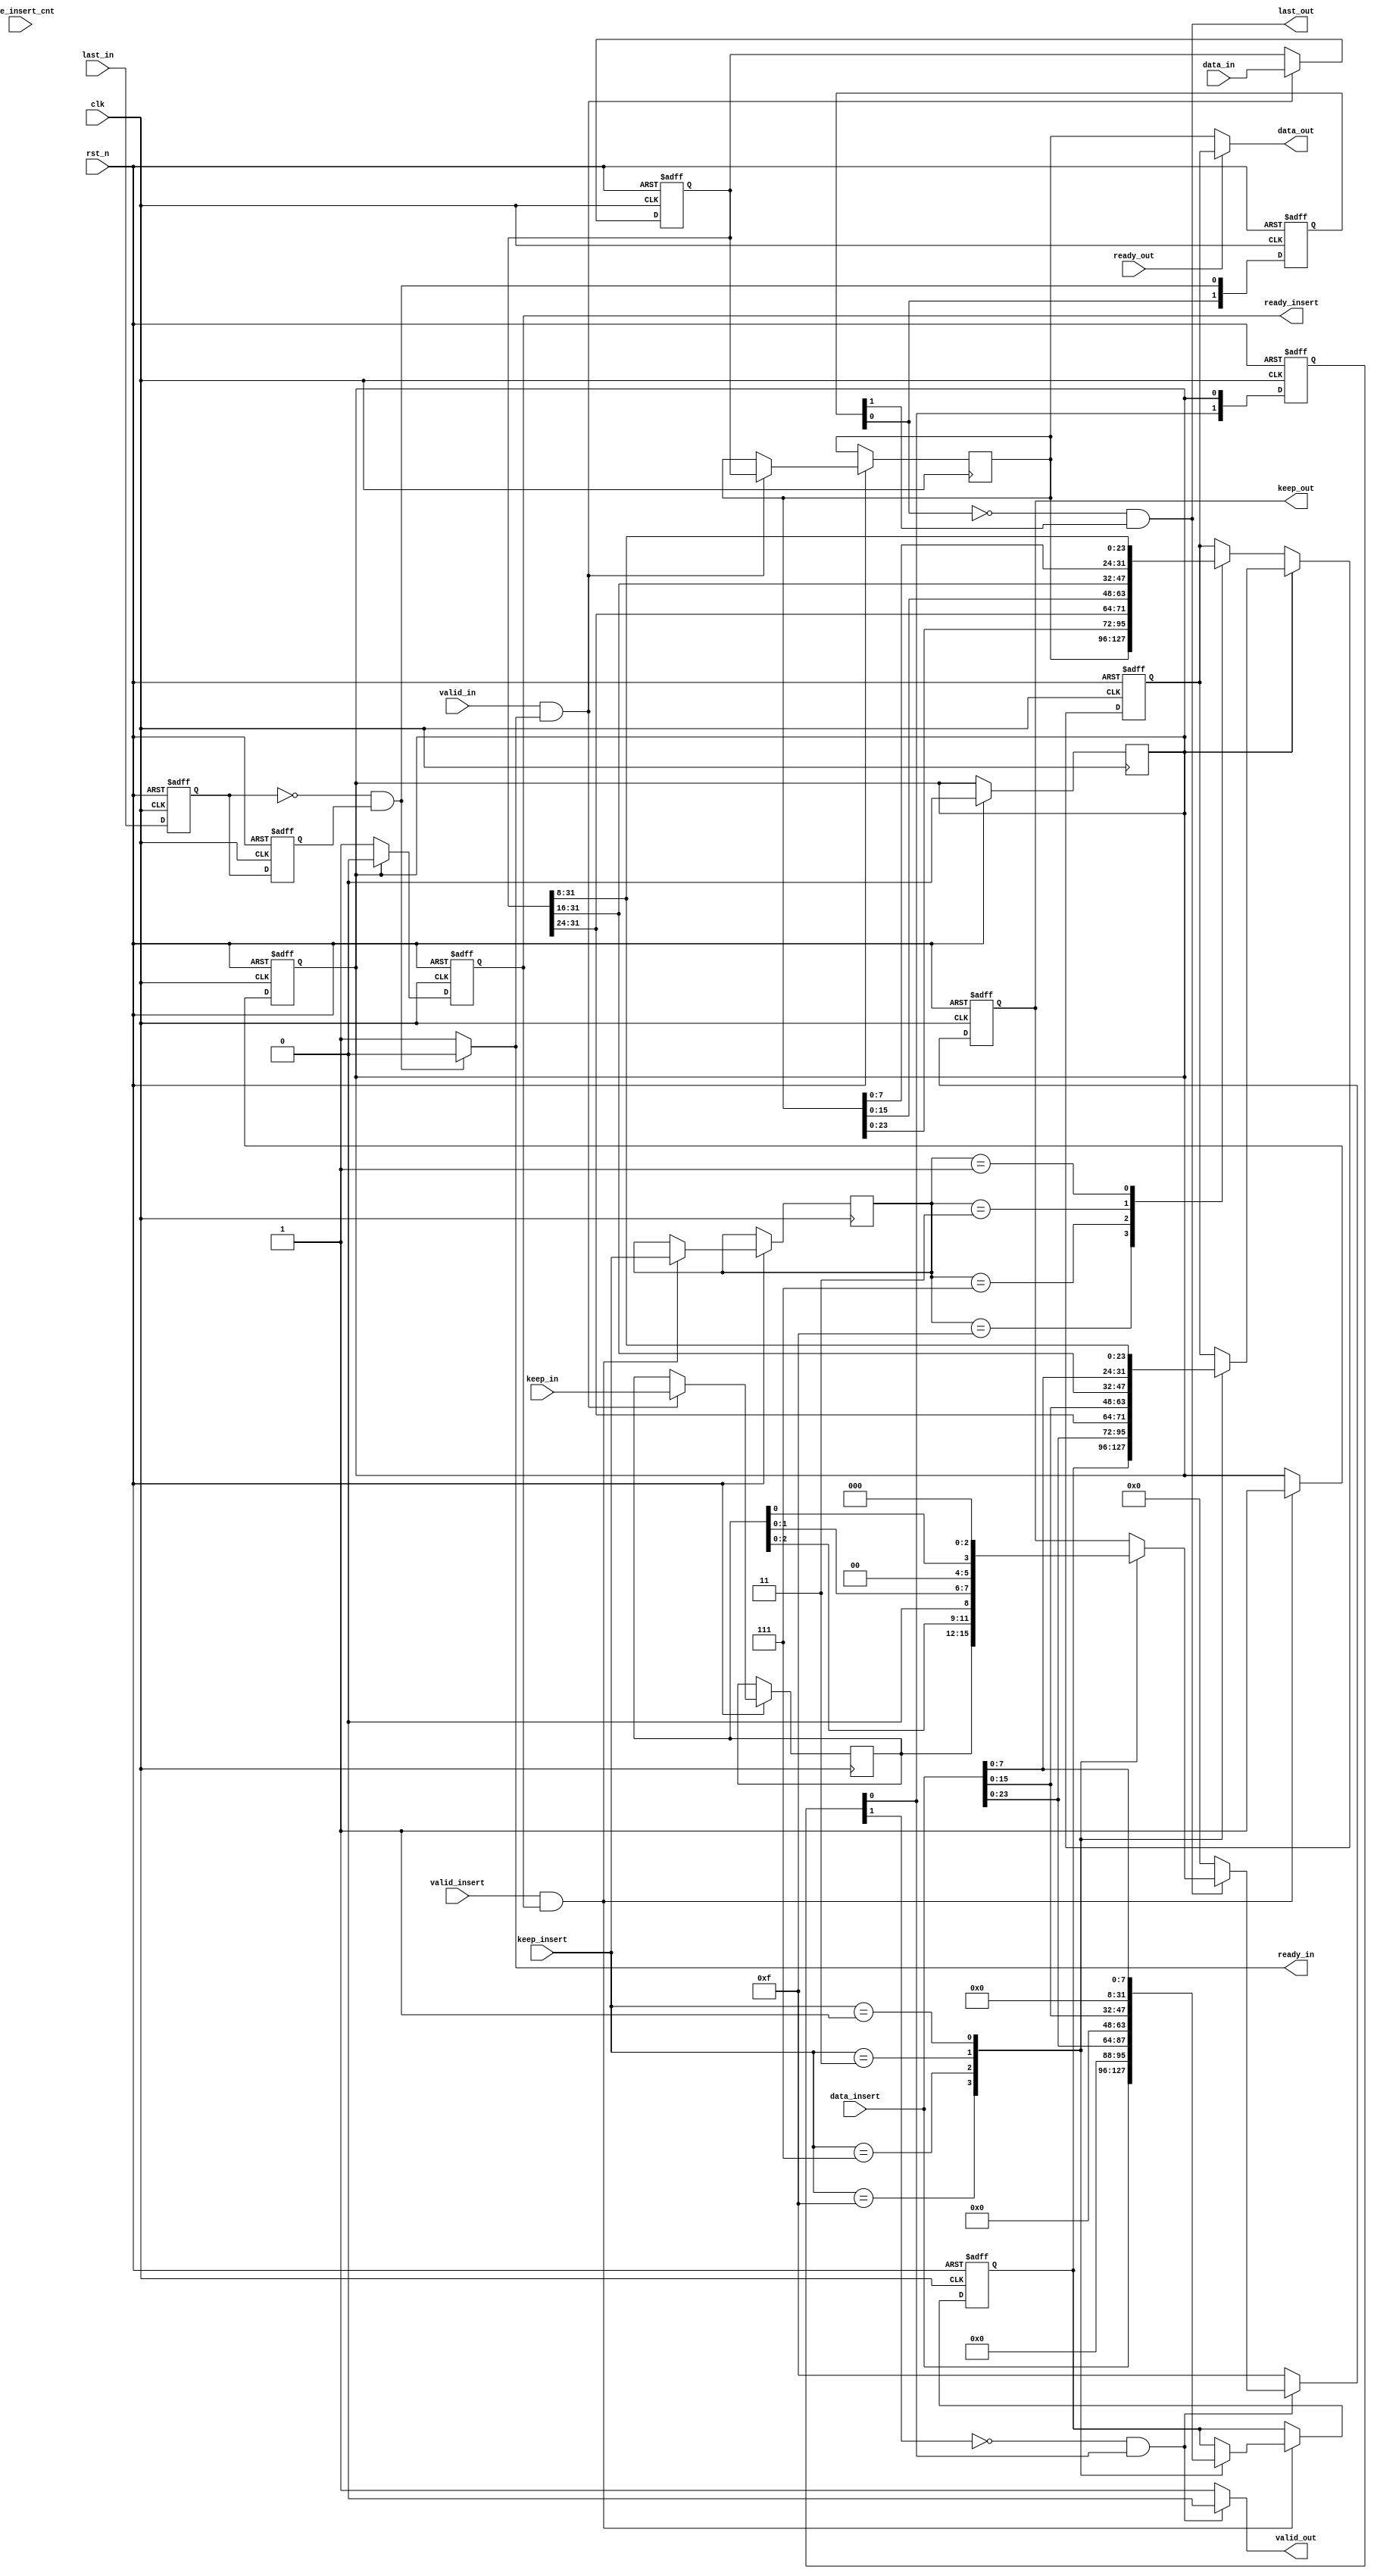
`timescale 1ns / 1ps
//////////////////////////////////////////////////////////////////////////////////
// Company: 
// Engineer: 
// 
// Design Name: 
// Module Name: axi_stream_insert_header
// Project Name: 
// Target Devices: 
// Tool Versions: 
// Description: 
// 
// Dependencies: 
// 
// Revision:
// Revision 0.01 - File Created
// Additional Comments:
// 
//////////////////////////////////////////////////////////////////////////////////

module axi_stream_insert_header #(
	parameter DATA_WD = 32,
	parameter DATA_BYTE_WD = DATA_WD / 8,
	parameter BYTE_CNT_WD = $clog2(DATA_BYTE_WD)
)(
	input clk,
	input rst_n,
	// AXI Stream input original data
	input valid_in,
	input [DATA_WD-1 : 0] data_in,
	input [DATA_BYTE_WD-1 : 0] keep_in,
	input last_in,
	output ready_in,
	// AXI Stream output with header inserted
	output valid_out,
	output [DATA_WD-1 : 0] data_out,
	output [DATA_BYTE_WD-1 : 0] keep_out,
	output last_out,
	input ready_out,
	// The header to be inserted to AXI Stream input
	input valid_insert,
	input [DATA_WD-1 : 0] data_insert,
	input [DATA_BYTE_WD-1 : 0] keep_insert,
	input [BYTE_CNT_WD-1 : 0] byte_insert_cnt,
	output ready_insert
);

reg last_in_r1;
reg last_in_r2;
wire last_in_pulse_p;
reg [DATA_WD-1 : 0] data_out_r1;//
reg [DATA_WD-1 : 0] data_out_r2;
reg [DATA_BYTE_WD-1 : 0] keep_in_r;
wire axis_ready_in;

//data_out
always@(posedge clk or negedge rst_n)
if(!rst_n)
begin
    last_in_r1 <= 0;
    last_in_r2 <= 0;
end
else 
begin
    last_in_r1 <= last_in;
    last_in_r2 <= last_in_r1;
end
assign last_in_pulse_p = ~last_in_r1 & last_in_r2;
assign axis_ready_in = last_in_pulse_p? 0 : 1;
assign ready_in = axis_ready_in;

always@(posedge clk or negedge rst_n)
if(!rst_n)
begin
    data_out_r1 <= 0;
end
else if(valid_in && axis_ready_in) 
begin
    keep_in_r <= keep_in;
    data_out_r1 <= data_in;
    data_out_r2 <= data_out_r1;
end
else
begin
    data_out_r1 <= data_out_r1;
    data_out_r2 <= data_out_r2;
end

//header
reg [DATA_WD-1 : 0]header_out_r;
reg insert_flag;
reg [DATA_BYTE_WD-1 : 0] keep_insert_out_r;
always@(posedge clk or negedge rst_n)
if(!rst_n)
begin
    header_out_r <= 0;
    insert_flag <= 0;
end
else if(valid_insert && ready_insert)
begin
    case(keep_insert)
    4'b1111:begin header_out_r<=data_insert;insert_flag<=1; end
    4'b0111:begin header_out_r<={8'b0,data_insert[23:0]};insert_flag<=1;end
    4'b0011:begin header_out_r<={16'b0,data_insert[15:0]};insert_flag<=1;end
    4'b0001:begin header_out_r<={24'b0,data_insert[7:0]};insert_flag<=1;end
    default:begin header_out_r<=header_out_r;insert_flag<=1; end
    endcase
    keep_insert_out_r <= keep_insert;
end

//insert_header

reg [DATA_WD-1 : 0]header_data_out_r;
always@(posedge clk or negedge rst_n)
if(!rst_n)
begin
    header_data_out_r <= 0;
end
else if(insert_flag)
begin
    case(keep_insert)
    4'b1111:begin header_data_out_r<=header_out_r;insert_flag<=0; end
    4'b0111:begin header_data_out_r<={data_insert[23:0],data_out_r1[31:24]};insert_flag<=0;end
    4'b0011:begin header_data_out_r<={data_insert[15:0],data_out_r1[31:16]};insert_flag<=0;end
    4'b0001:begin header_data_out_r<={data_insert[7:0],data_out_r1[31:8]};insert_flag<=0;end
    default:begin header_data_out_r<=header_data_out_r;insert_flag<=0; end
    endcase
end
//else if(last_in_pulse_p)
else 
    begin
        case(keep_insert_out_r)
        4'b1111:begin header_data_out_r<=data_out_r2; end
        4'b0111:begin header_data_out_r<={data_out_r2[23:0],data_out_r1[31:24]};end
        4'b0011:begin header_data_out_r<={data_out_r2[15:0],data_out_r1[31:16]};end
        4'b0001:begin header_data_out_r<={data_out_r2[7:0],data_out_r1[31:8]};end
        default:begin header_data_out_r<=header_data_out_r; end
    endcase
    end


reg s_ready_insert;
assign data_out = ready_out?header_data_out_r:data_out_r2;
always@(posedge clk or negedge rst_n)
begin
    if(!rst_n)
        s_ready_insert<=0;
    else
        s_ready_insert<= insert_flag==1 ? 0:1;
end
assign ready_insert=s_ready_insert;

//output valid_out
reg [1:0]insert_flag_r;
always@(posedge clk or negedge rst_n)
begin
    if(!rst_n)
        insert_flag_r<=0;
    else
        insert_flag_r <= {insert_flag_r[0],insert_flag};
end
assign neg_flag = ~insert_flag_r[1]&insert_flag_r[0];
assign valid_out = neg_flag? 0 : 1;

//output keep_out
wire last_out_p;
reg [DATA_BYTE_WD-1 : 0] keep_out_r;
always@(posedge clk or negedge rst_n)
begin
    if(!rst_n)
        keep_out_r<=0;
    else if(valid_out)
        keep_out_r <= 4'b1111;
    else if(last_out_p)
    begin
        case(keep_insert)
            4'b1111:begin keep_out_r <= keep_in_r;end
            4'b0111:begin keep_out_r <= keep_in_r<<1;end
            4'b0011:begin keep_out_r <= keep_in_r<<2;end
            4'b0001:begin keep_out_r <= keep_in_r<<3;end
        endcase
    end
    else
        keep_out_r<=0;
end
assign keep_out = keep_out_r;

//output last_out
reg [1:0]last_out_r;

always@(posedge clk or negedge rst_n)
begin
    if(!rst_n)
        last_out_r <= 0;
    else 
    begin
        last_out_r <= {last_out_r[0],last_in_pulse_p};
    end

end

assign last_out_p = ~last_out_r[0]&last_out_r[1];
assign last_out = last_out_p;

endmodule